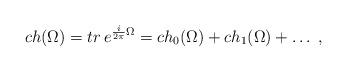
LaTeX: \begin{align*}ch(\Omega)=tr\,e^{\frac{i}{2\pi}\Omega}=ch_{0}(\Omega)+ch_{1}(\Omega)+\ldots\; ,\end{align*}